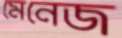
মেনেজ